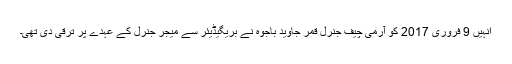
انہیں 9 فروری 2017 کو آرمی چیف جنرل قمر جاوید باجوہ نے بریگیڈیئر سے میجر جنرل کے عہدے پر ترقی دی تھی۔